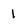
Character: l